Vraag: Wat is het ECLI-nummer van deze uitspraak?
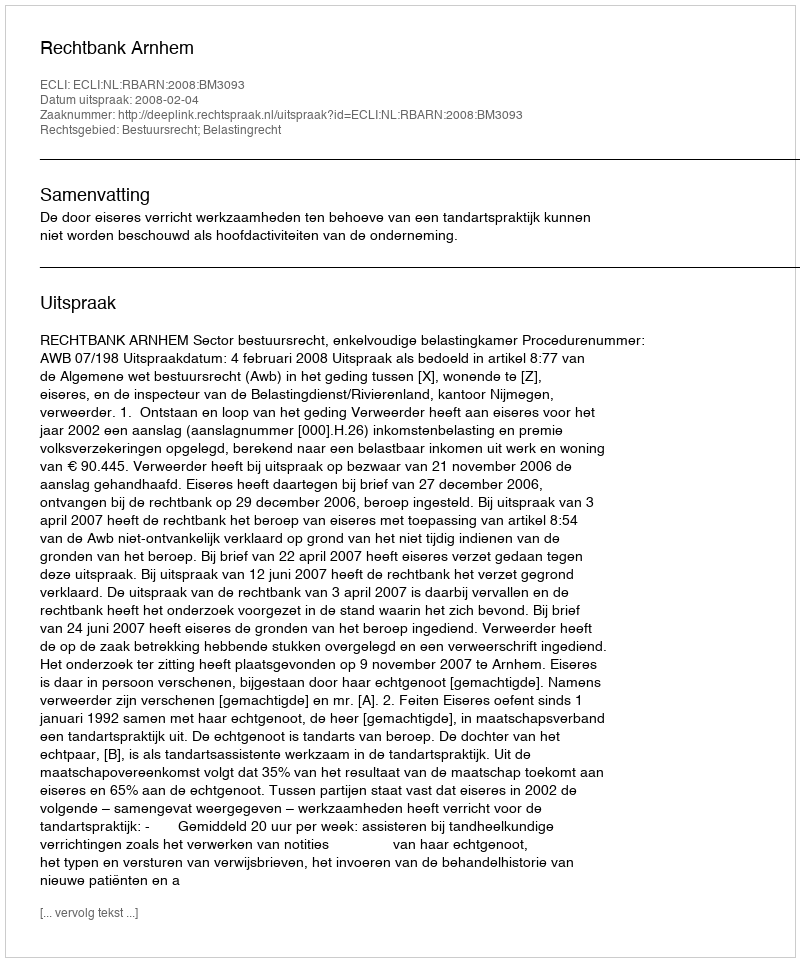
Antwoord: ECLI:NL:RBARN:2008:BM3093